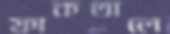
ফাকতালে